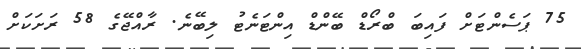
75 ޕަސެންޓަށް ފައިބަ ބްރޯޑް ބޭންޑް އިންޓަނެޓު ލިބޭނެ. ރާއްޖޭގެ 58 ރަށަކަށް